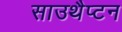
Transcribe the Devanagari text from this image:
साउथैप्टन